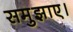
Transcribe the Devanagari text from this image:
समुझाए।